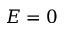
E = 0